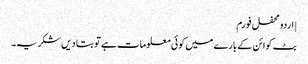
| اردو محفل فورم
بٹ کوائن کے بارے میں کوئی معلومات ہے تو بتا دیں شکریہ۔